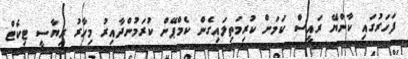
ފަހަރުގައި ކާންޔޭ ރައީސް ކަމަށް ކުރިމަތިލައިގެން ކެމްޕޭން ކުރަމުންދާއިރު މިހާރު ރިޔާސީ ޓިކެޓް